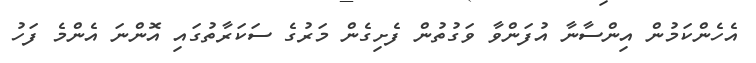
އެހެންކަމުން އިންސާނާ އުފަންވާ ވަގުތުން ފެށިގެން މަރުގެ ސަކަރާތުގައި އޮންނަ އެންމެ ފަހު